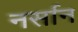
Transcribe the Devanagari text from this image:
नर्सान